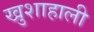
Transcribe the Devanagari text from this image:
खुशाहाली